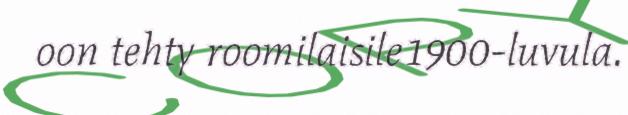
oon tehty roomilaisile1900-luvula.